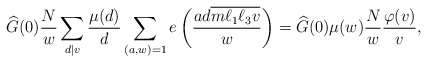
\begin{align*}\widehat{G}(0)\frac{N}{w}\sum_{d \mid v} \frac{\mu(d)}{d}\sum_{(a,w)=1} e \left( \frac{ad \overline{m\ell_1\ell_3 v}}{w} \right) = \widehat{G}(0)\mu(w)\frac{N}{w} \frac{\varphi(v)}{v},\end{align*}